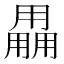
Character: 𤰌